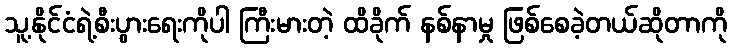
သူ့နိုင်ငံရဲ့စီးပွားရေးကိုပါ ကြီးမားတဲ့ ထိခိုက် နစ်နာမှု ဖြစ်စေခဲ့တယ်ဆိုတာကို